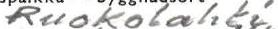
Ruokolahti